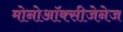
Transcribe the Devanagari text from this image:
मोनोऑक्सीजेनेज